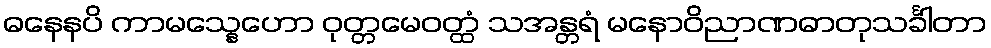
ဓနေနပိ ကာမသ္နေဟော ဝုတ္တမေဝတ္ထံ သအန္တရံ မနောဝိညာဏဓာတုသင်္ခါတာ